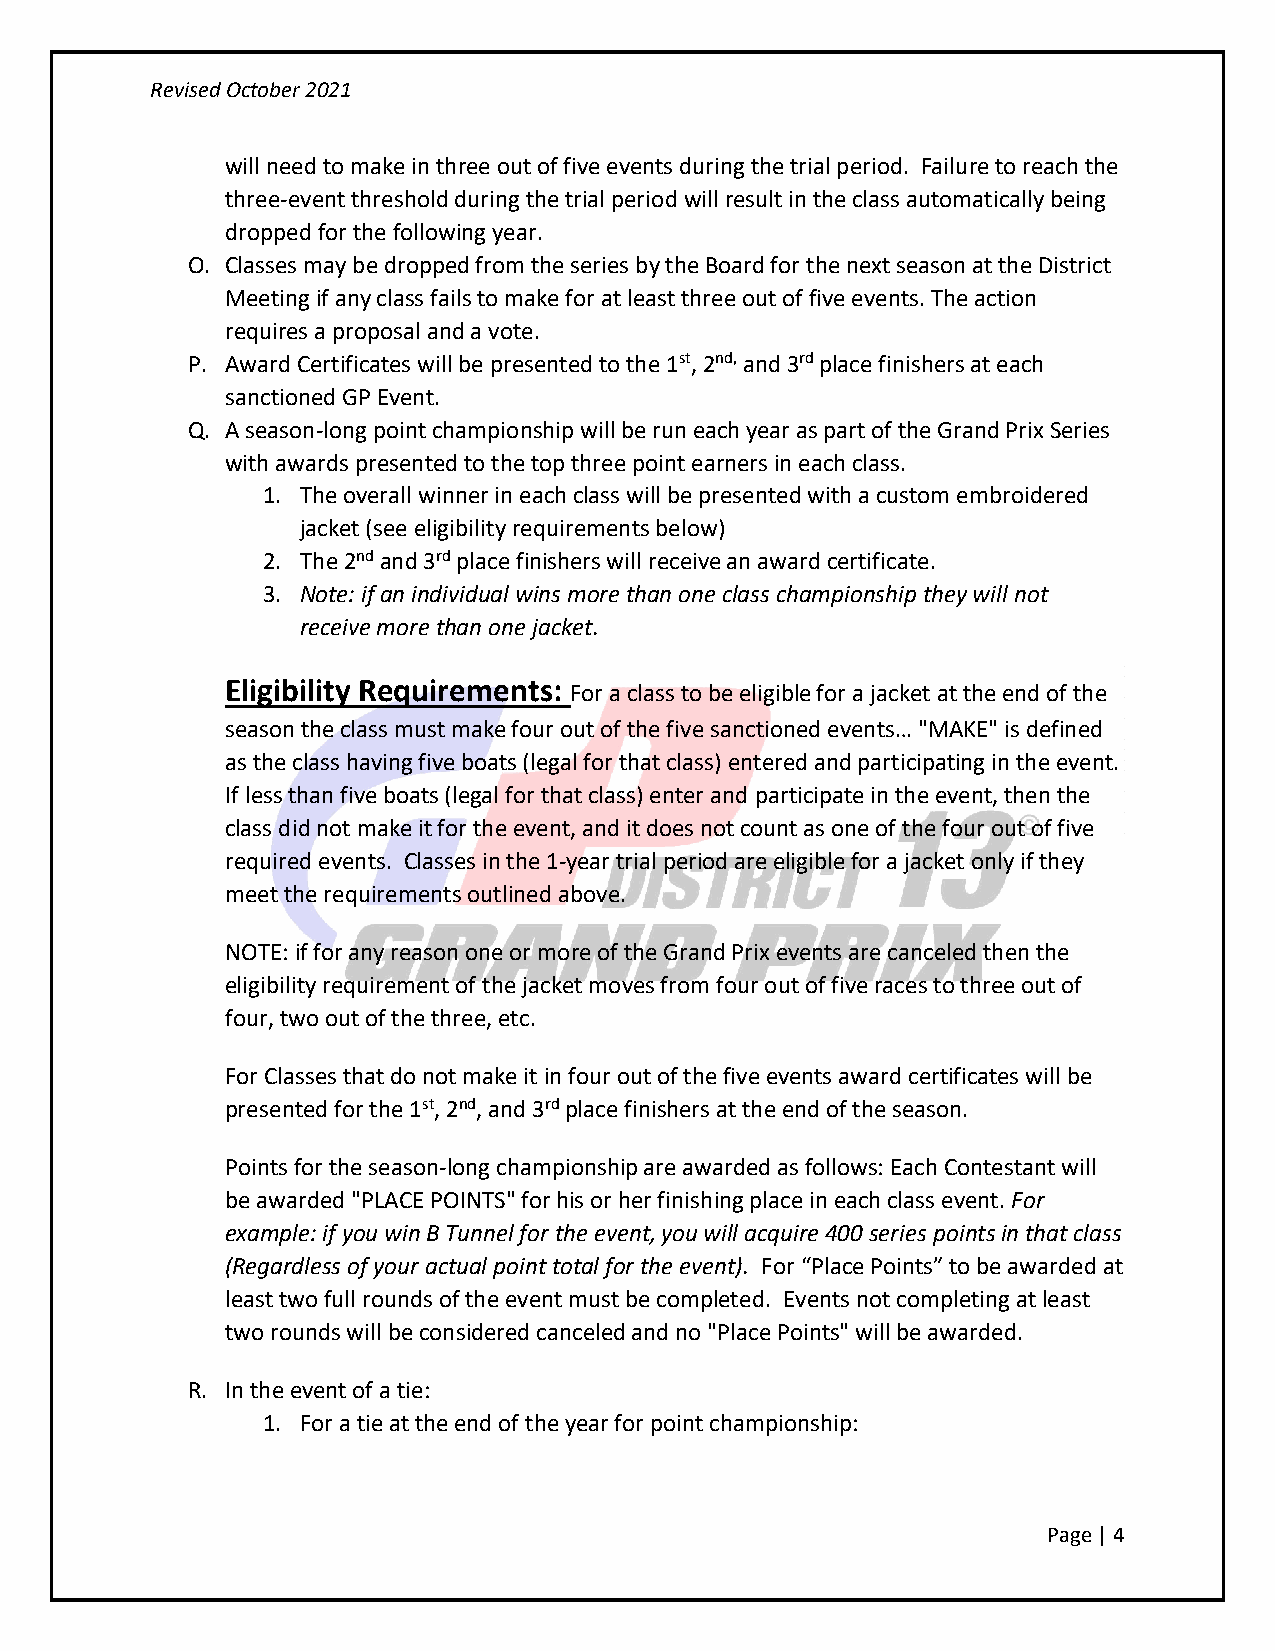
Revised October 2021
 will need to make in three out of five events during the trial period. Failure to reach the
 three-event threshold during the trial period will result in the class automatically being
 dropped for the following year.
 O. Classes may be dropped from the series by the Board for the next season at the District
 Meeting if any class fails to make for at least three out of five events. The action
 requires a proposal and a vote.
 P. Award Certificates will be presented to the 1st, 2nd, and 3rd place finishers at each
 sanctioned GP Event.
 Q. A season-long point championship will be run each year as part of the Grand Prix Series
 with awards presented to the top three point earners in each class.
 1. The overall winner in each class will be presented with a custom embroidered
 jacket (see eligibility requirements below)
 2. The 2nd and 3rd place finishers will receive an award certificate.
 3. Note: if an individual wins more than one class championship they will not
 receive more than one jacket.
 Eligibility Requirements: For a class to be eligible for a jacket at the end of the
 season the class must make four out of the five sanctioned events… "MAKE" is defined
 as the class having five boats (legal for that class) entered and participating in the event.
 If less than five boats (legal for that class) enter and participate in the event, then the
 class did not make it for the event, and it does not count as one of the four out of five
 required events. Classes in the 1-year trial period are eligible for a jacket only if they
 meet the requirements outlined above.
 NOTE: if for any reason one or more of the Grand Prix events are canceled then the
 eligibility requirement of the jacket moves from four out of five races to three out of
 four, two out of the three, etc.
 For Classes that do not make it in four out of the five events award certificates will be
 presented for the 1st, 2nd, and 3rd place finishers at the end of the season.
 Points for the season-long championship are awarded as follows: Each Contestant will
 be awarded "PLACE POINTS" for his or her finishing place in each class event. For
 example: if you win B Tunnel for the event, you will acquire 400 series points in that class
 (Regardless of your actual point total for the event). For “Place Points” to be awarded at
 least two full rounds of the event must be completed. Events not completing at least
 two rounds will be considered canceled and no "Place Points" will be awarded.
 R. In the event of a tie:
 1. For a tie at the end of the year for point championship:
 Page | 4